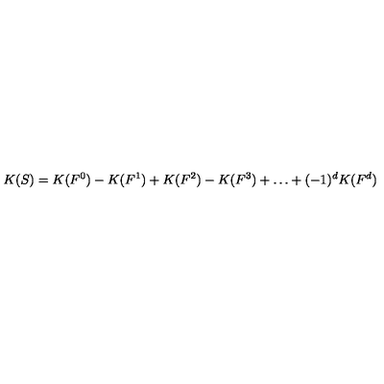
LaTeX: K ( S ) = K ( F ^ { 0 } ) - K ( F ^ { 1 } ) + K ( F ^ { 2 } ) - K ( F ^ { 3 } ) + \dots + ( - 1 ) ^ { d } K ( F ^ { d } )